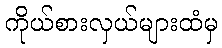
ကိုယ်စားလှယ်များထံမှ